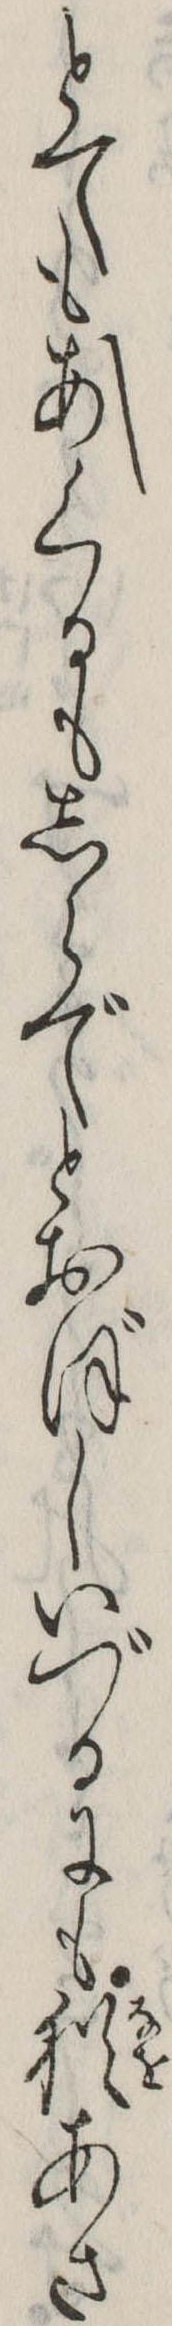
とてもあくるもしらでとおぼしいづるにも猶あさ